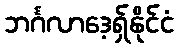
ဘင်္ဂလာဒေ့ရှ်နိုင်ငံ